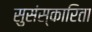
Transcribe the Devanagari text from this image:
सुसंस्कारिता